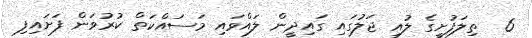
6  ތިލަފުށީގެ ލުއި ޖަލުގައި ގައިދީން ލައްވައި މަސައްކަތް ކުރުވަން ފަށައިފި